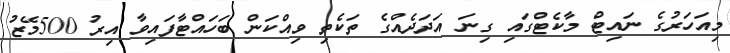
މިއަހަރުގެ ނައިޓް މާކެޓްގައި ގިނަ އަދަދެއްގެ ތަކެތި ވިއްކަން ބަހައްޓާފައިވާ އިރު 500މޭޒު